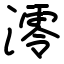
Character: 澪